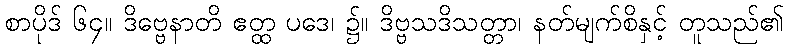
စာပိုဒ် ၆၄။ ဒိဗ္ဗေနာတိ ဧတ္ထ ပဒေ၊ ၌။ ဒိဗ္ဗသဒိသတ္တာ၊ နတ်မျက်စိနှင့် တူသည်၏